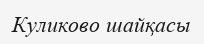
Куликово шайқасы